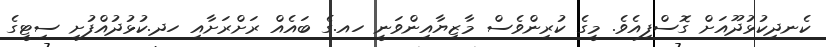
ކެނދިކުޅުދޫއަށް ގޮސްފިއެވެ. މީގެ ކުރިންވެސް މާޒިޔާއިންވަނީ ހއ.ގެ ބައެއް ރަށްރަށާއި ހދ.ކުޅުދުއްފުށި ސިޓީގެ